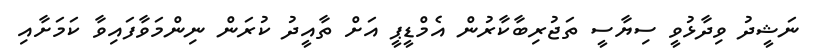
ނަޝީދު ވިދާޅުވީ ސިޔާސީ ތަޖުރިބާކާރުން އެމްޑީޕީ އަށް ތާއީދު ކުރަން ނިންމަވާފައިވާ ކަމަށާއި